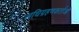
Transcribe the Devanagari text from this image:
अधिग्रहणकर्ताओं